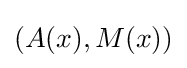
(A(x),M(x))